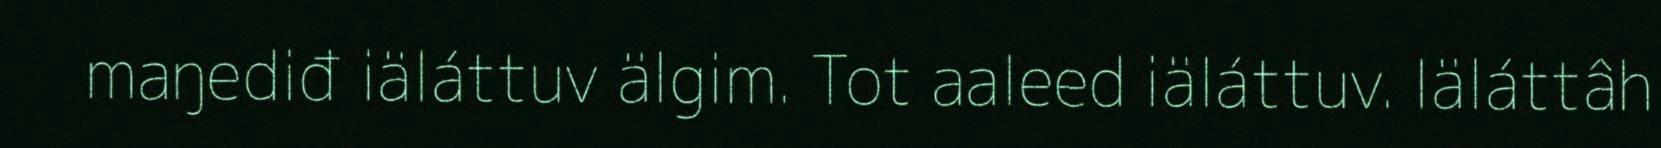
maŋediđ iäláttuv älgim. Tot aaleed iäláttuv. Iäláttâh